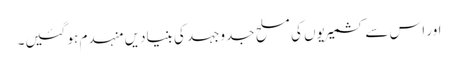
اور اس سے کشمیریوں کی مسلح جدوجہد کی بنیادیں منہدم ہو گئیں۔